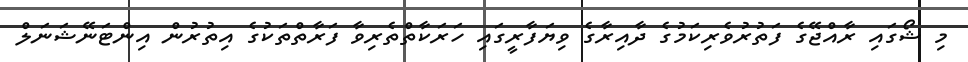
މި ޝޯގައި ރާއްޖޭގެ ފަތުރުވެރިކަމުގެ ދާއިރާގެ ވިޔަފާރީގައި ހަރަކާތްތެރިވާ ފަރާތްތަކުގެ އިތުރުން އިންޓަނޭޝަނަލް